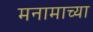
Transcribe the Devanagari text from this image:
मनामाच्या